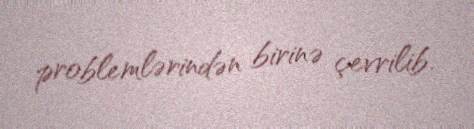
problemlərindən birinə çevrilib.